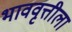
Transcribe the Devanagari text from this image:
भाववृत्तीला